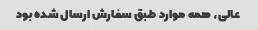
عالی، همه موارد طبق سفارش ارسال شده بود